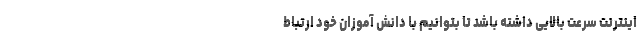
اینترنت سرعت بالایی داشته باشد تا بتوانیم با دانش آموزان خود ارتباط